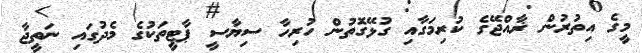
މީގެ އިތުރުން ޜާއްޖޭގެ ކުރިމަގާއި ގުޅޭގޮތުން ހުރިހާ ސިޔާސީ ޕާޓީތަކުގެ މެދުގައި ނަތީޖާ